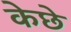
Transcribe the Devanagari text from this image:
केछे